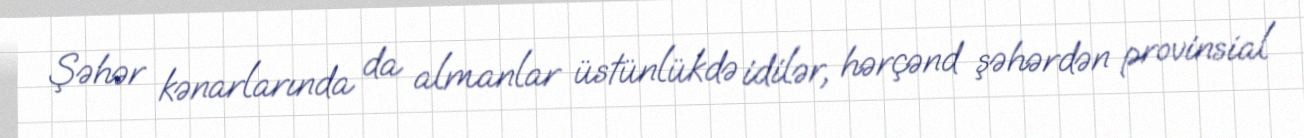
Şəhər kənarlarında da almanlar üstünlükdə idilər, hərçənd şəhərdən provinsial